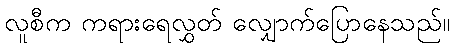
လူစီက ကရားရေလွှတ် လျှောက်ပြောနေသည်။